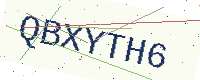
Text: QBXYTH6